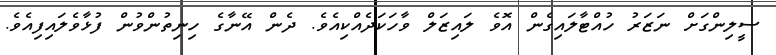
ސީލިންގަށް ނަޒަރު ހުއްޓާލައިގެން އޮވެ ލައިޒަލް ވާހަކަދެއްކިއެވެ. ދެން އޭނާގެ ހިނިތުންވުން ފުޅާވެލައިފިއެވެ.